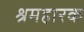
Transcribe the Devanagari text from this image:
श्रमहारक